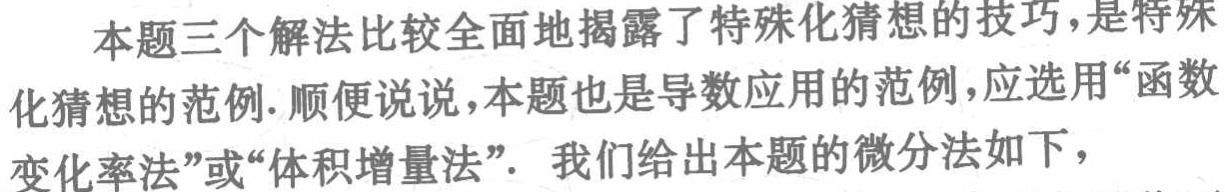
本题三个解法比较全面地揭露了特殊化猜想的技巧,是特殊化猜想的范例. 顺便说说,本题也是导数应用的范例,应选用“函数变化率法”或“体积增量法”. 我们给出本题的微分法如下，